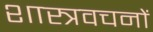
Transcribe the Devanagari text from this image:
शास्त्रवचनों